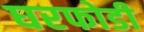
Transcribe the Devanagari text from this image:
घरफोडी